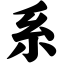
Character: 系